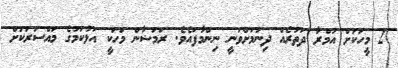
2 މީހަކަށް އުމްރާ ދަތުރެއް ދިނުމަށްވަނީ ނިންމާފައެވެ. ރަމަޟާން މަހަކީ އަޅުކަމުގެ މައްސަރަކަށް